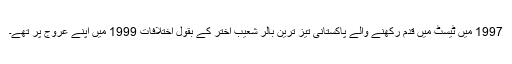
1997 میں ٹیسٹ میں قدم رکھنے والے پاکستانی تیز ترین بالر شعیب اختر کے بقول اختلافات 1999 میں اپنے عروج پر تھے۔